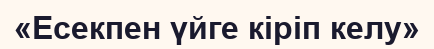
«Есекпен үйге кіріп келу»